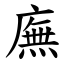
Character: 廡